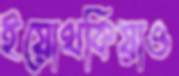
ইয়োথকিয়াও